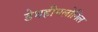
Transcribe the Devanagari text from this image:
डेथहीमलोनिल